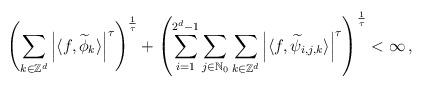
LaTeX: \begin{align*}\left(\sum_{k\in\mathbb{Z}^d}\left|\langle f,\widetilde{\phi}_k\rangle\right|^\tau\right)^{\frac{1}{\tau}} + \left( \sum_{i=1}^{2^{d}-1}\sum_{j\in\mathbb{N}_0} \sum_{k\in\mathbb{Z}^d}\left|\langle f,\widetilde{\psi}_{i,j,k}\rangle\right|^\tau\right)^{\frac{1}{\tau}} < \infty \, ,\end{align*}